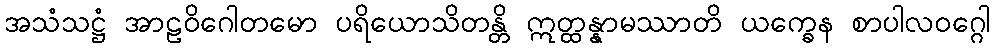
အသံသဋ္ဌံ အာဠဝိဂေါတမော ပရိယောသိတန္တိ ဣတ္ထန္နာမဿာတိ ယက္ခေန စာပါလဝဂ္ဂေါ